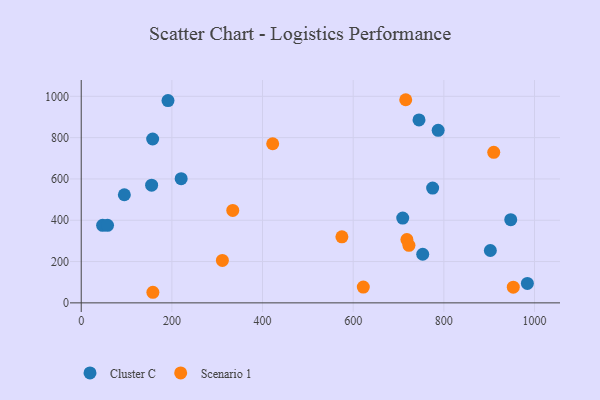
{"axis": {"x": "Experience", "y": "Salary"}, "legend": ["Cluster C", "Scenario 1"], "data": [{"x": "753.4", "y": 235.4, "type": "Cluster C"}, {"x": "902.6", "y": 253.6, "type": "Cluster C"}, {"x": "47.2", "y": 375.6, "type": "Cluster C"}, {"x": "220.5", "y": 601.1, "type": "Cluster C"}, {"x": "95.1", "y": 523.5, "type": "Cluster C"}, {"x": "58.0", "y": 375.3, "type": "Cluster C"}, {"x": "191.4", "y": 979.7, "type": "Cluster C"}, {"x": "775.3", "y": 555.9, "type": "Cluster C"}, {"x": "709.3", "y": 410.5, "type": "Cluster C"}, {"x": "157.6", "y": 793.5, "type": "Cluster C"}, {"x": "155.3", "y": 569.9, "type": "Cluster C"}, {"x": "787.5", "y": 835.2, "type": "Cluster C"}, {"x": "745.2", "y": 885.9, "type": "Cluster C"}, {"x": "984.3", "y": 94.3, "type": "Cluster C"}, {"x": "947.6", "y": 403.0, "type": "Cluster C"}, {"x": "575.1", "y": 319.7, "type": "Scenario 1"}, {"x": "953.2", "y": 76.2, "type": "Scenario 1"}, {"x": "910.1", "y": 728.9, "type": "Scenario 1"}, {"x": "622.3", "y": 76.7, "type": "Scenario 1"}, {"x": "718.5", "y": 306.7, "type": "Scenario 1"}, {"x": "158.1", "y": 51.3, "type": "Scenario 1"}, {"x": "723.0", "y": 278.5, "type": "Scenario 1"}, {"x": "311.4", "y": 205.7, "type": "Scenario 1"}, {"x": "715.9", "y": 983.6, "type": "Scenario 1"}, {"x": "422.4", "y": 770.5, "type": "Scenario 1"}, {"x": "334.3", "y": 447.6, "type": "Scenario 1"}]}